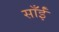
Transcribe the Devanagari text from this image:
साँईं